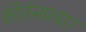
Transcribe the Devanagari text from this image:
कीर्तनप्रचार